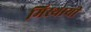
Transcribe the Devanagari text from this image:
मिस्थायी